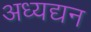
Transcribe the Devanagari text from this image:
अध्यद्यन